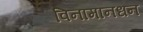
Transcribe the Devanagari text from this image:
विनामानधन